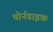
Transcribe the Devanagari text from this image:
थोर्नडाइक